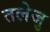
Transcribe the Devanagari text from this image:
तलेजु